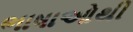
ભાષાઓથી